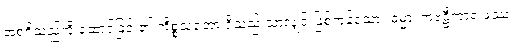
အစရှိသည်ကို ဆောင်ခြင်း၏ ကိစ္စသဘော ရှိသည် သာလျှင် ဖြစ်ကုန်သော။ ဓမ္မာ၊ ကဗဠီကာရ ဖဿ